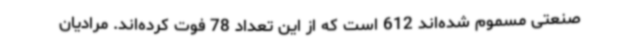
صنعتی مسموم شده‌اند 612 است که از این تعداد 78 فوت کرده‌اند. مرادیان